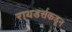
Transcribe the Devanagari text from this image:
रायडर्सकडून